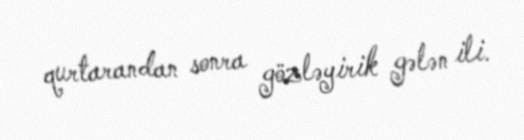
qurtarandan sonra gözləyirik gələn ili.